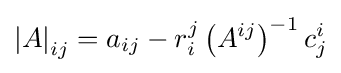
\left|A\right|_{ij}=a_{ij}-r_{i}^{j}\,{\bigl (}A^{ij}{\bigr )}^{-1}\,c_{j}^{i}